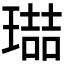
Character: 𭹶